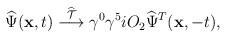
LaTeX: \begin{align*}\widehat \Psi({\bf x},t) \stackrel{\widehat{\cal T}}{\longrightarrow} \gamma^0\gamma^5 iO_2 \widehat \Psi^T({\bf x},-t),\end{align*}